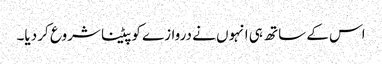
اس کے ساتھ ہی انہوں نے دروازے کو پیٹنا شروع کر دیا۔